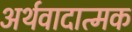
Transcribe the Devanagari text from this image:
अर्थवादात्मक